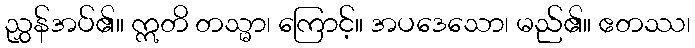
ညွှန်အပ်၏။ ဣတိ တသ္မာ၊ ကြောင့်။ အပဒေသော၊ မည်၏။ ဧတဿ၊